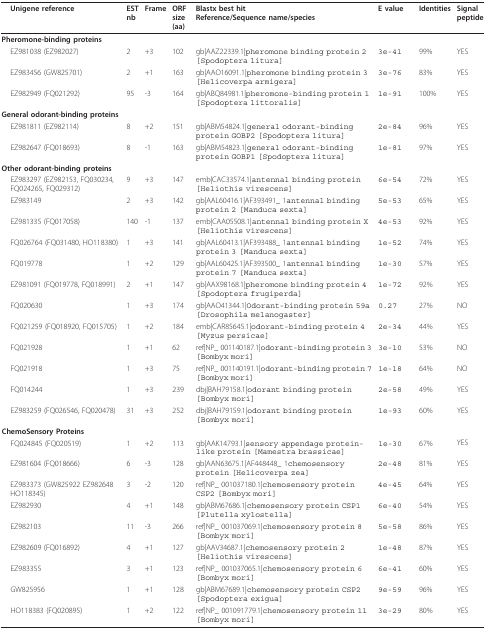
<table><thead><tr><td></td><td><b>Unigene reference</b></td><td><b>ESTnb</b></td><td><b>Frame</b></td><td><b>ORFsize (aa)</b></td><td><b>Blastx best hitReference/Sequence name/species</b></td><td><b>E value</b></td><td><b>Identities</b></td><td><b>Signalpeptide</b></td></tr></thead><tbody><tr><td colspan="9"><b>Pheromone-binding proteins</b></td></tr><tr><td></td><td>EZ981038 (EZ982027)</td><td>2</td><td>+3</td><td>102</td><td>gb|AAZ22339.1|pheromone binding protein 2 [Spodoptera litura]</td><td>3e-41</td><td>99%</td><td>YES</td></tr><tr><td></td><td>EZ983456 (GW825701)</td><td>2</td><td>+1</td><td>163</td><td>gb|AAO16091.1|pheromone binding protein 3 [Helicoverpa armigera]</td><td>3e-76</td><td>83%</td><td>YES</td></tr><tr><td></td><td>EZ982949 (FQ021292)</td><td>95</td><td>-3</td><td>164</td><td>gb|ABQ84981.1|pheromone-binding protein 1 [Spodoptera littoralis]</td><td>1e-91</td><td>100%</td><td>YES</td></tr><tr><td colspan="9"><b>General odorant-binding proteins</b></td></tr><tr><td></td><td>EZ981811 (EZ982114)</td><td>8</td><td>+2</td><td>151</td><td>gb|ABM54824.1|general odorant-binding protein GOBP2 [Spodoptera litura]</td><td>2e-84</td><td>96%</td><td>YES</td></tr><tr><td></td><td>EZ982647 (FQ018693)</td><td>8</td><td>-1</td><td>163</td><td>gb|ABM54823.1|general odorant-binding protein GOBP1 [Spodoptera litura]</td><td>1e-81</td><td>97%</td><td>YES</td></tr><tr><td colspan="9"><b>Other odorant-binding proteins</b></td></tr><tr><td></td><td>EZ983297 (EZ982153, FQ030234, FQ024265, FQ029312)</td><td>9</td><td>+3</td><td>147</td><td>emb|CAC33574.1|antennal binding protein [Heliothis virescens]</td><td>6e-54</td><td>72%</td><td>YES</td></tr><tr><td></td><td>EZ983149</td><td>2</td><td>+3</td><td>142</td><td>gb|AAL60416.1|AF393491_ 1antennal binding protein 2 [Manduca sexta]</td><td>5e-53</td><td>65%</td><td>YES</td></tr><tr><td></td><td>EZ981335 (FQ017058)</td><td>140</td><td>-1</td><td>137</td><td>emb|CAA05508.1|antennal binding protein X [Heliothis virescens]</td><td>4e-53</td><td>92%</td><td>YES</td></tr><tr><td></td><td>FQ026764 (FQ031480, HO118380)</td><td>1</td><td>+3</td><td>141</td><td>gb|AAL60413.1|AF393488_ 1antennal binding protein 3 [Manduca sexta]</td><td>1e-52</td><td>74%</td><td>YES</td></tr><tr><td></td><td>FQ019778</td><td>1</td><td>+2</td><td>129</td><td>gb|AAL60425.1|AF393500_ 1antennal binding protein 7 [Manduca sexta]</td><td>1e-30</td><td>57%</td><td>YES</td></tr><tr><td></td><td>EZ981091 (FQ019778, FQ018991)</td><td>2</td><td>+1</td><td>147</td><td>gb|AAX98168.1|pheromone binding protein 4 [Spodoptera frugiperda]</td><td>1e-72</td><td>92%</td><td>YES</td></tr><tr><td></td><td>FQ020630</td><td>1</td><td>+3</td><td>174</td><td>gb|AAO41344.1|Odorant-binding protein 59a [Drosophila melanogaster]</td><td>0.27</td><td>27%</td><td>NO</td></tr><tr><td></td><td>FQ021259 (FQ018920, FQ015705)</td><td>1</td><td>+2</td><td>184</td><td>emb|CAR85645.1|odorant-binding protein 4 [Myzus persicae]</td><td>2e-34</td><td>44%</td><td>YES</td></tr><tr><td></td><td>FQ021928</td><td>1</td><td>+1</td><td>62</td><td>ref|NP_ 001140187.1|odorant-binding protein 3 [Bombyx mori]</td><td>3e-10</td><td>53%</td><td>NO</td></tr><tr><td></td><td>FQ021918</td><td>1</td><td>+3</td><td>75</td><td>ref|NP_ 001140191.1|odorant-binding protein 7 [Bombyx mori]</td><td>1e-18</td><td>64%</td><td>NO</td></tr><tr><td></td><td>FQ014244</td><td>1</td><td>+3</td><td>239</td><td>dbj|BAH79158.1|odorant binding protein [Bombyx mori]</td><td>2e-58</td><td>49%</td><td>YES</td></tr><tr><td></td><td>EZ983259 (FQ026546, FQ020478)</td><td>31</td><td>+3</td><td>252</td><td>dbj|BAH79159.1|odorant binding protein [Bombyx mori]</td><td>1e-93</td><td>60%</td><td>YES</td></tr><tr><td colspan="9"><b>ChemoSensory Proteins</b></td></tr><tr><td></td><td>FQ024845 (FQ020519)</td><td>1</td><td>+2</td><td>113</td><td>gb|AAK14793.1|sensory appendage protein-like protein [Mamestra brassicae]</td><td>1e-30</td><td>67%</td><td>YES</td></tr><tr><td></td><td>EZ981604 (FQ018666)</td><td>6</td><td>-3</td><td>128</td><td>gb|AAN63675.1|AF448448_ 1chemosensory protein [Helicoverpa zea]</td><td>2e-48</td><td>81%</td><td>YES</td></tr><tr><td></td><td>EZ983373 (GW825922 EZ982648 HO118345)</td><td>3</td><td>-2</td><td>120</td><td>ref|NP_ 001037180.1|chemosensory protein CSP2 [Bombyx mori]</td><td>4e-45</td><td>64%</td><td>YES</td></tr><tr><td></td><td>EZ982930</td><td>4</td><td>+1</td><td>148</td><td>gb|ABM67686.1|chemosensory protein CSP1 [Plutella xylostella]</td><td>6e-40</td><td>54%</td><td>YES</td></tr><tr><td></td><td>EZ982103</td><td>11</td><td>-3</td><td>266</td><td>ref|NP_ 001037069.1|chemosensory protein 8 [Bombyx mori]</td><td>5e-58</td><td>86%</td><td>YES</td></tr><tr><td></td><td>EZ982609 (FQ016892)</td><td>4</td><td>+1</td><td>127</td><td>gb|AAV34687.1|chemosensory protein 2 [Heliothis virescens]</td><td>1e-48</td><td>87%</td><td>YES</td></tr><tr><td></td><td>EZ983355</td><td>3</td><td>+1</td><td>123</td><td>ref|NP_ 001037065.1|chemosensory protein 6 [Bombyx mori]</td><td>6e-41</td><td>60%</td><td>YES</td></tr><tr><td></td><td>GW825956</td><td>1</td><td>+1</td><td>128</td><td>gb|ABM67689.1|chemosensory protein CSP2 [Spodoptera exigua]</td><td>9e-59</td><td>96%</td><td>YES</td></tr><tr><td></td><td>HO118383 (FQ020895)</td><td>1</td><td>+2</td><td>122</td><td>ref|NP_ 001091779.1|chemosensory protein 11 [Bombyx mori]</td><td>3e-29</td><td>80%</td><td>YES</td></tr></tbody></table>